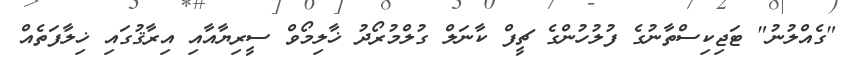
"ގެއްލުނު" ޓަޖިކިސްތާނުގެ ފުލުހުންގެ ޗީފް ކާނަލް ގުލްމުރޯދު ޚާލިމޯވް ސީރިޔާއާއި އިރާޤުގައި ޚިލާފަތެއް